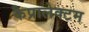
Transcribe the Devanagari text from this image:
कैप्रालेक्टम